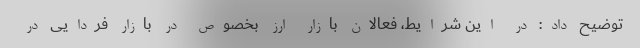
توضیح داد: در این شرایط، فعالان بازار ارز بخصوص در بازار فردایی در